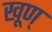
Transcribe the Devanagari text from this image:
खूण्